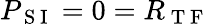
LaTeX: P_{\mathrm{~S~I~}}=0=R_{\mathrm{~T~F~}}